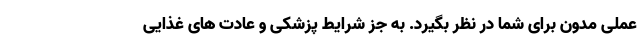
عملی مدون برای شما در نظر بگیرد. به جز شرایط پزشکی و عادت های غذایی